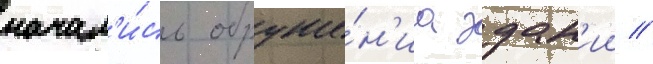
начал'и́сь обруше́н'иа здан'ии //